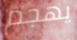
يهجم